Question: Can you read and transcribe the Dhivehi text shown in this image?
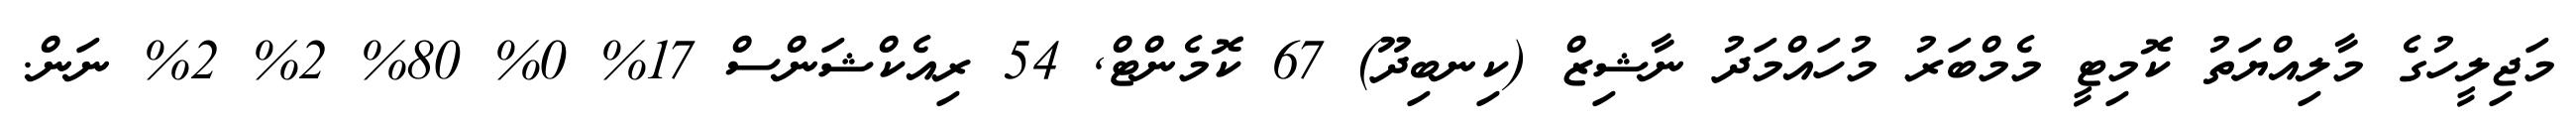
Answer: މަޖިލީހުގެ މާލިއްޔަތު ކޮމިޓީ މެމްބަރު މުހައްމަދު ނާޝިޒް (ކިނބިދޫ) 67 ކޮމެންޓް, 54 ރިއެކްޝަންސް 17% 0% 80% 2% 2% ނަން.